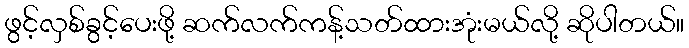
ဖွင့်လှစ်ခွင့်ပေးဖို့ ဆက်လက်ကန့်သတ်ထားအုံးမယ်လို့ ဆိုပါတယ်။